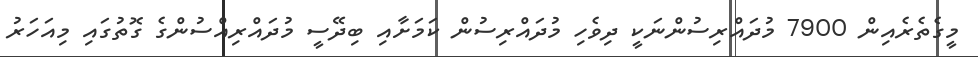
މީގެތެރެއިން 7900 މުދައްރިސުންނަކީ ދިވެހި މުދައްރިސުން ކަމަށާއި ބިދޭސީ މުދައްރިއްސުންގެ ގޮތުގައި މިއަހަރު